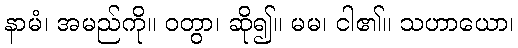
နာမံ၊ အမည်ကို။ ဝတွာ၊ ဆို၍။ မမ၊ ငါ၏။ သဟာယော၊